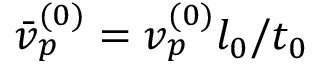
\bar { v } _ { p } ^ { ( 0 ) } = v _ { p } ^ { ( 0 ) } l _ { 0 } / t _ { 0 }